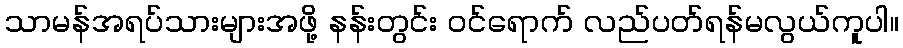
သာမန်အရပ်သားများအဖို့ နန်းတွင်း ဝင်ရောက် လည်ပတ်ရန်မလွယ်ကူပါ။